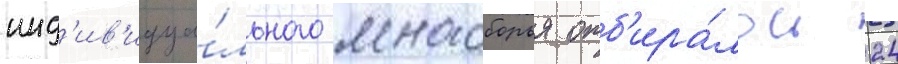
инд'ив'идуа́льного многоборья отб'ира́лось 24